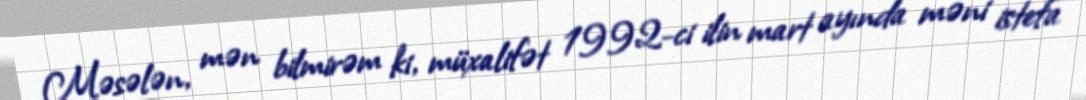
Məsələn, mən bilmirəm ki, müxalifət 1992-ci ilin mart ayında məni istefa